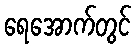
ရေအောက်တွင်